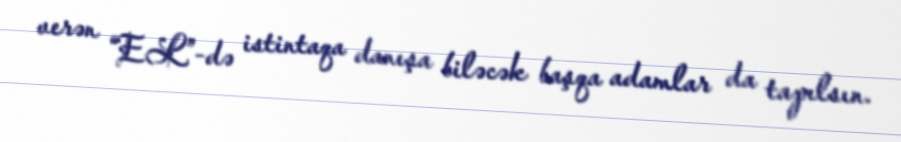
verən “EL”-də istintaqa danışa biləcək başqa adamlar da tapılsın.